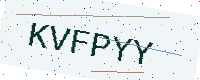
Text: KVFPYY